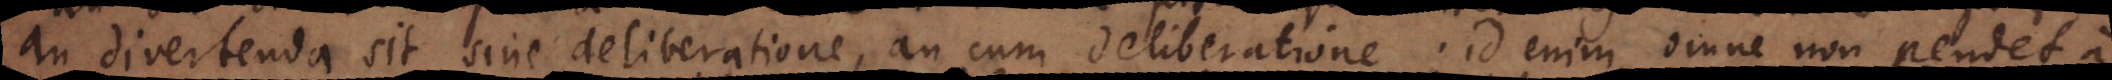
an divertenda sit sine deliberatione, an cum deliberatione. Id enim omne non pendet a